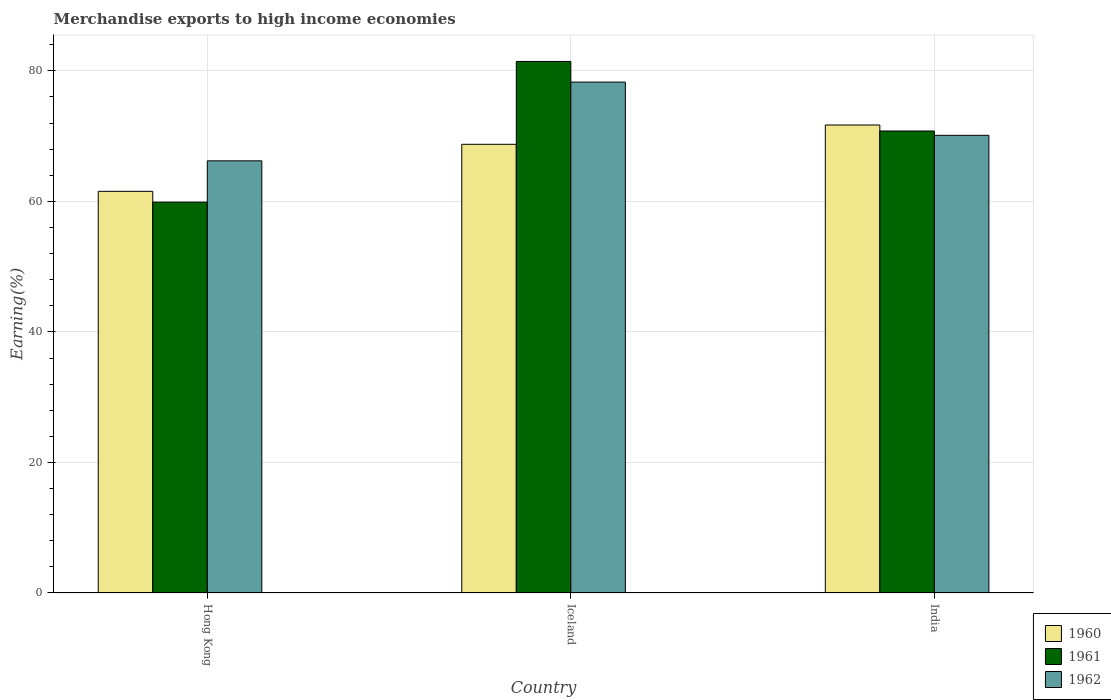
| Country | 1960 | 1961 | 1962 |
 | --- | --- | --- | --- |
 | Hong Kong | 61.5 | 59.9 | 66.2 |
 | Iceland | 68.8 | 81.4 | 78.3 |
 | India | 71.7 | 70.8 | 70.1 |